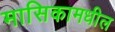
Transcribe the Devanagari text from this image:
मासिकामधील